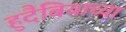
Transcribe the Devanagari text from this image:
हुदैबियाच्या